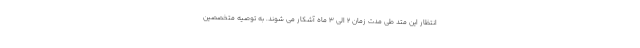
انتظار این متد طی مدت زمان 2 الی 3 ماه آشکار می شوند. به توصیه متخصصین